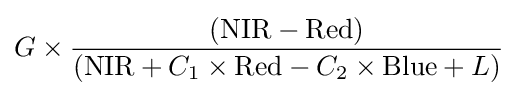
G\times {({\text{NIR}}-{\text{Red}}) \over ({\text{NIR}}+C_{1}\times {\text{Red}}-C_{2}\times {\text{Blue}}+L)}